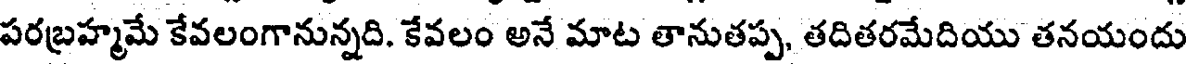
పరబ్రహ్మమే కేవలంగానున్నది. కేవలం అనే మాట తానుతప్ప, తదితరమేదియు తనయందు